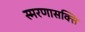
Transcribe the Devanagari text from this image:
स्मरणासक्ति